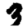
Digit: 3